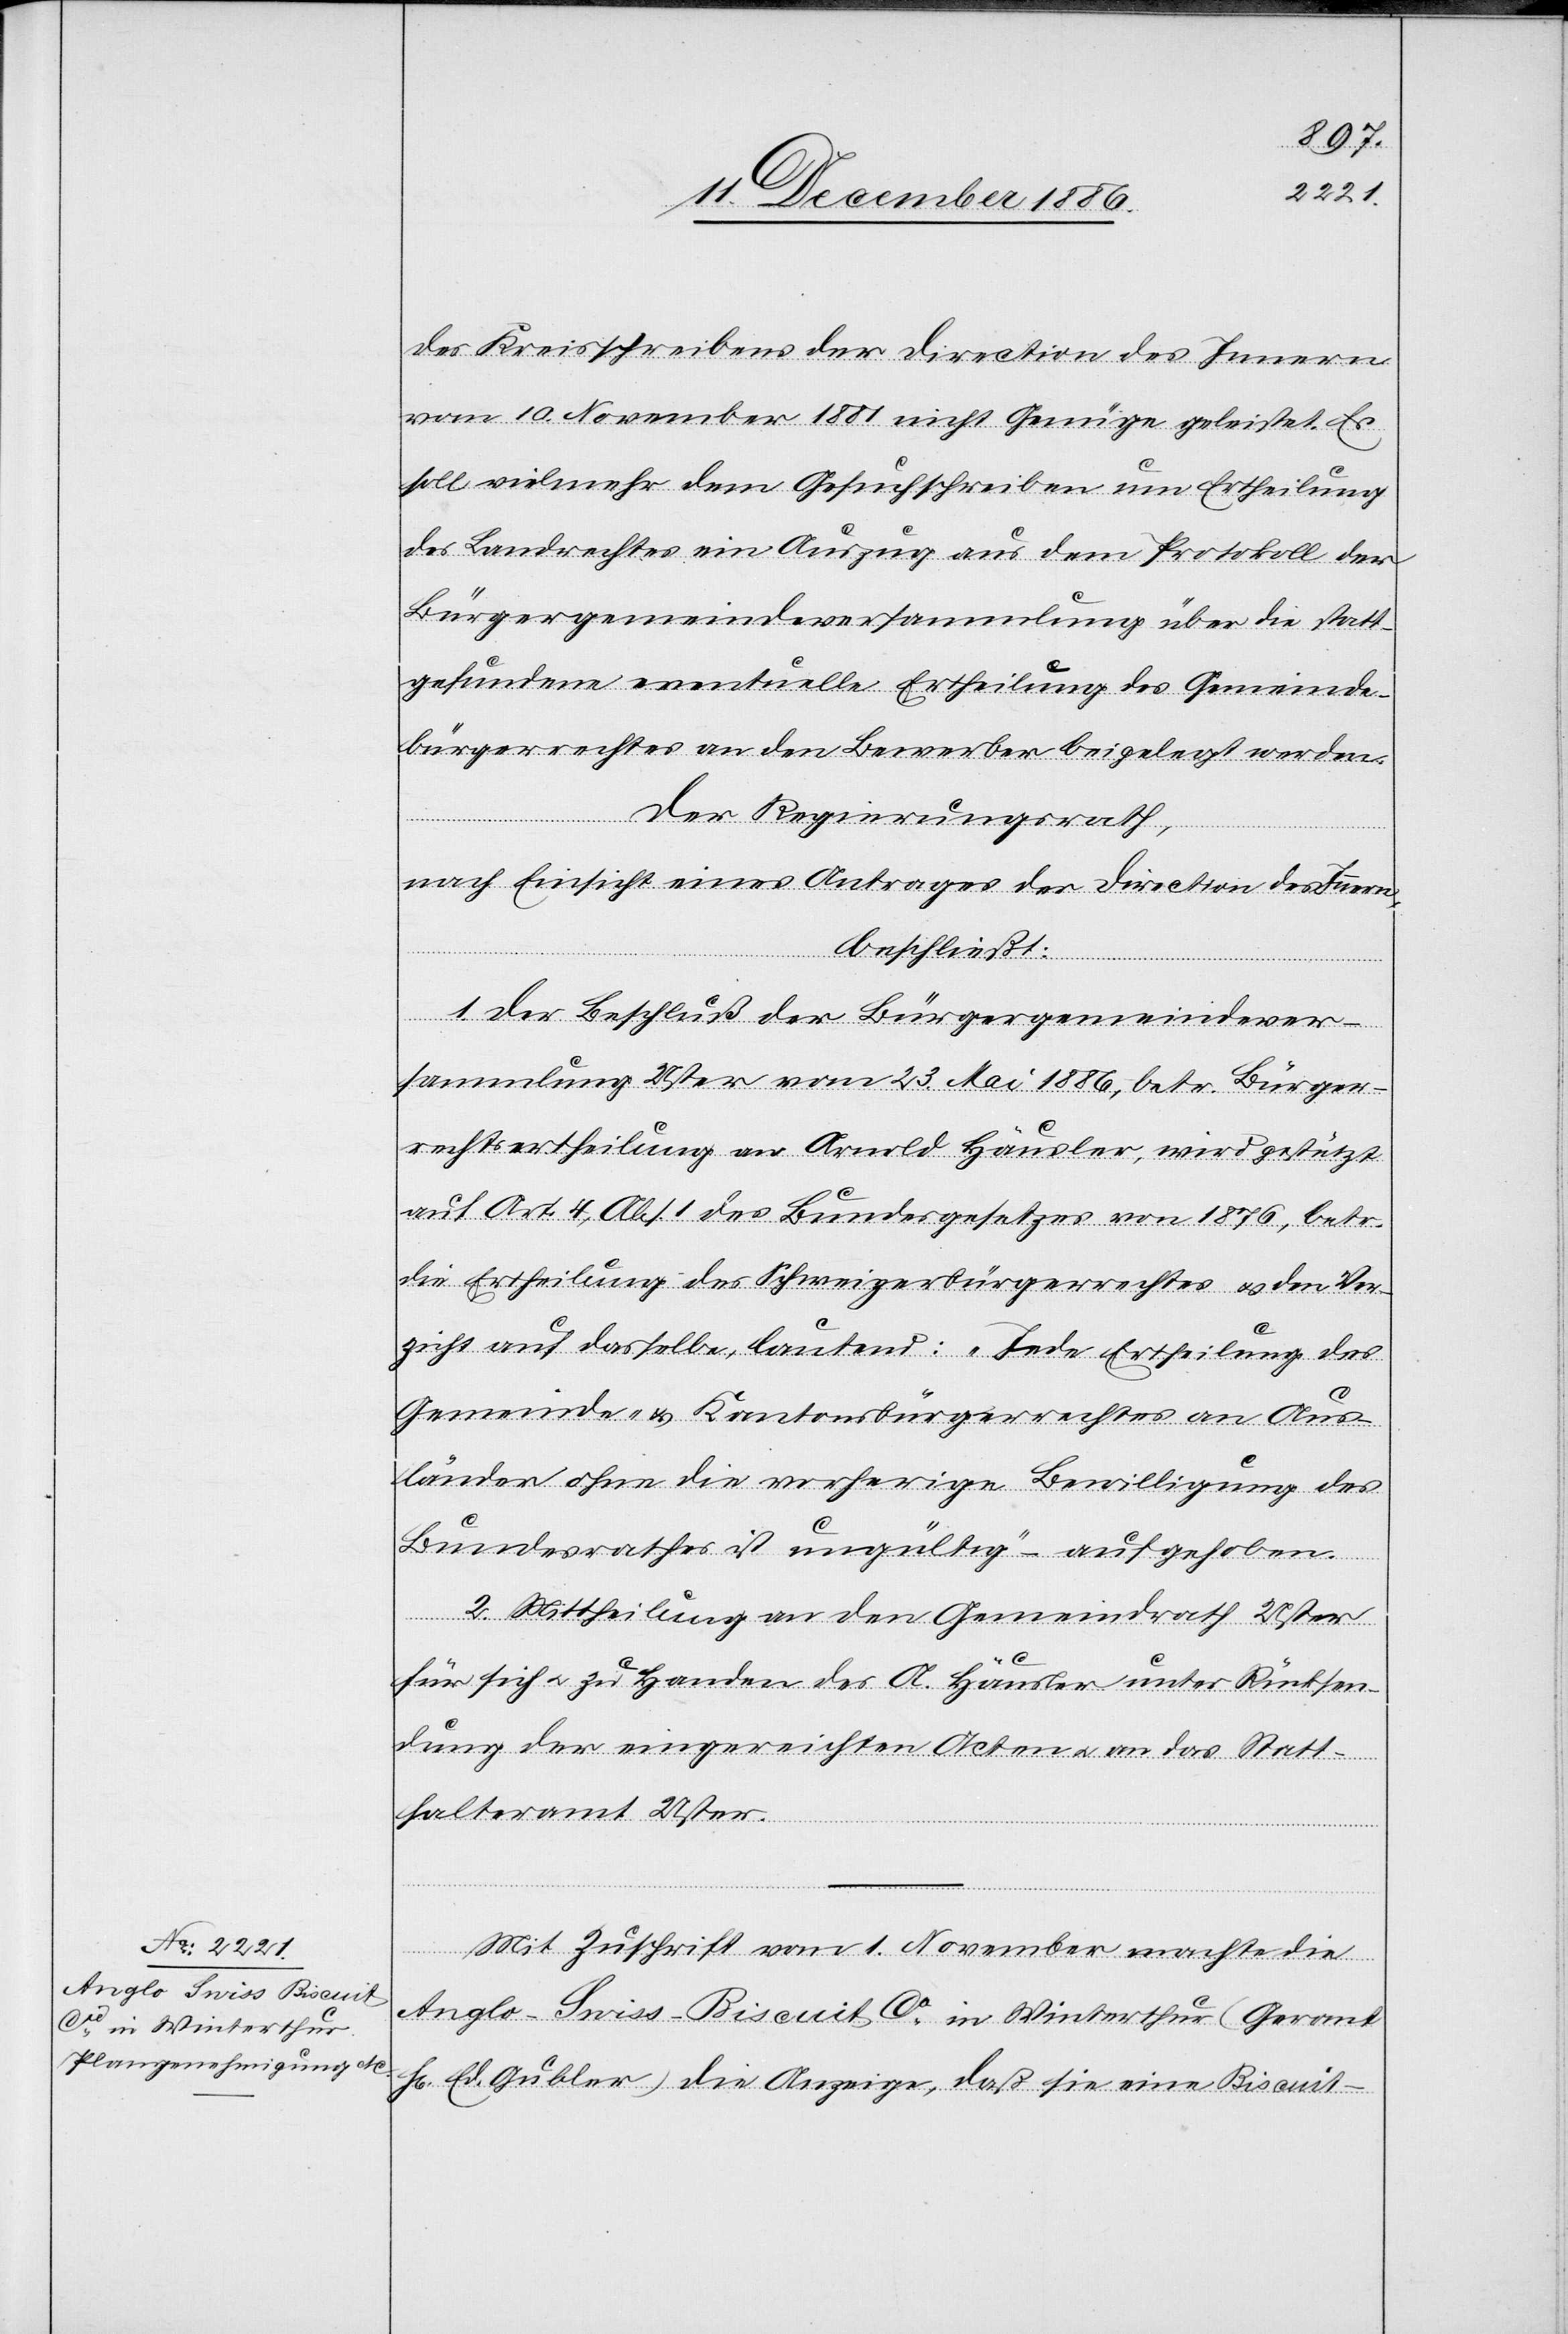
des Kreisschreibens der Direction des Innern
vom 10. November 1881 nicht Genüge geleistet. Es
soll vielmehr dem Gesuchschreiben um Ertheilung
des Landrechtes ein Auszug aus dem Protokoll der
Bürgergemeindeversammlung über die statt¬
gefundene eventuelle Ertheilung des Gemeinde¬
bürgerrechtes an den Bewerber beigelegt werden.
Der Regierungsrath,
nach Einsicht eines Antrages der Direction des Innern,
beschließt:
1. Der Beschluß der Bürgergemeindever¬
sammlung Uster vom 23. Mai 1886, betr. Bürger¬
rechtsertheilung an Arnold Häusler, wird gestützt
auf Art. 4, Abs. 1 des Bundesgesetzes von 1876, betr.
die Ertheilung des Schweizerbürgerrechtes & den Ver¬
zicht auf dasselbe, lautend: „Jede Ertheilung des
Gemeinde- & Kantonsbürgerrechtes an Aus¬
länder ohne die vorherige Bewilligung des
Bundesrathes ist ungültig“ – aufgehoben.
2. Mittheilung an den Gemeindrath Uster
für sich & zu Handen des A. Häusler unter Rücksen¬
dung der eingereichten Acten & an das Statt¬
halteramt Uster.
Mit Zuschrift vom 1. November machte die
Anglo-Swiss-Biscuit Co in Winterthur (Gerant
H[err] Ed. Gubler) die Anzeige, daß sie eine Biscuit-